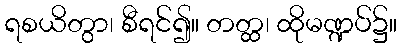
ရစယိတွာ၊ စီရင်၍။ တတ္ထ၊ ထိုမဏ္ဍပ်၌။